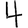
Digit: 4